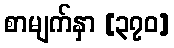
စာမျက်နှာ [၃၇၀]